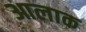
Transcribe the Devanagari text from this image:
आलाक